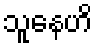
သူနေဟိ